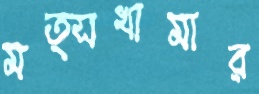
মত্সখামার